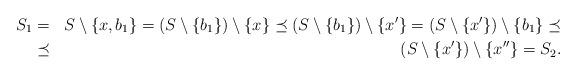
LaTeX: \begin{align*}S_{1} & = & S\setminus \{x,b_{1}\}=(S\setminus \{b_{1}\})\setminus \{x\}\preceq (S\setminus \{b_{1}\})\setminus \{x^\prime\}=(S\setminus \{x^\prime\})\setminus \{b_{1}\}\preceq \\ & \preceq & (S\setminus \{x^\prime\})\setminus \{x^{\prime\prime}\} = S_{2}.\\\end{align*}